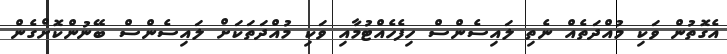
އެގޮތުން ވަކި މުއްދަތެއް ނެތި ލައިސެންސް ހިފެހެއްޓުމާއި ވަކި މުއްދަތަކަށް ލައިސެންސް ބޭނުންކޮށްގެން